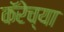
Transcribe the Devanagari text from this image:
कॅरेच्या